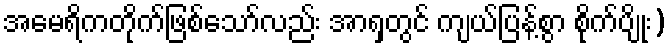
အမေရိကတိုက်ဖြစ်သော်လည်း အာရှတွင် ကျယ်ပြန့်စွာ စိုက်ပျိုး)